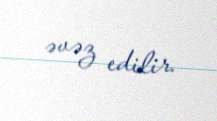
əvəz edilir.